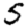
Digit: 5